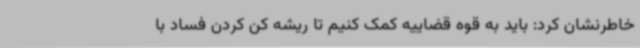
خاطرنشان کرد: باید به قوه قضاییه کمک کنیم تا ریشه کن کردن فساد با